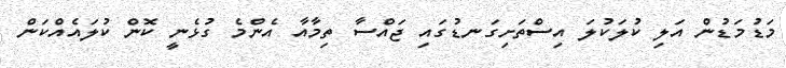
މަޑުމަޑުން އަލި ކުލަކުލަ އިސްތަށިގަނޑުގައި ޖައްސާ ތިމާއާ އެންމެ ގުޅެނީ ކޮން ކުލައެއްކަން